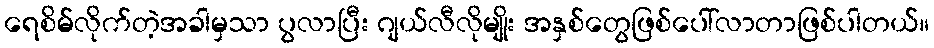
ရေစိမ်လိုက်တဲ့အခါမှသာ ပွလာပြီး ဂျယ်လီလိုမျိုး အနှစ်တွေဖြစ်ပေါ်လာတာဖြစ်ပါတယ်။